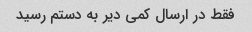
فقط در ارسال کمی دیر به دستم رسید